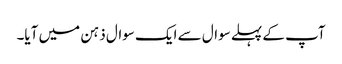
آپ کے پہلے سوال سے ایک سوال ذہن میں آیا۔